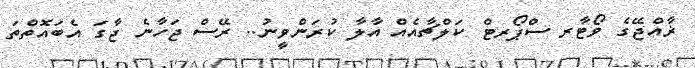
ޜާއްޖޭގެ ވޯޓާރ ސްޕޯރޓް ކަލްޗާއެއް އާލާ ކުރަންވީނު.. ރޭސް ޖަހާނެ ޖާގަ އެބައޮތްތަ